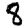
Digit: 8